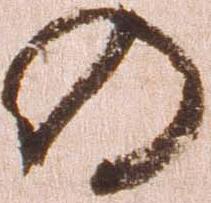
の